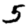
Digit: 5